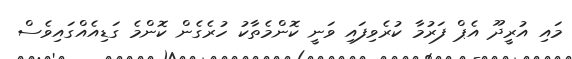
މައި އުރީދޫ އެޕް ފަރުމާ ކުރެވިފައި ވަނީ ކޮންމެތާކު ހުރެގެން ކޮންމެ ގަޑިއެއްގައިވެސް